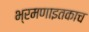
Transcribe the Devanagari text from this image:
भ्रमणाइतकाच